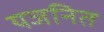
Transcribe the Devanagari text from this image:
यजनित